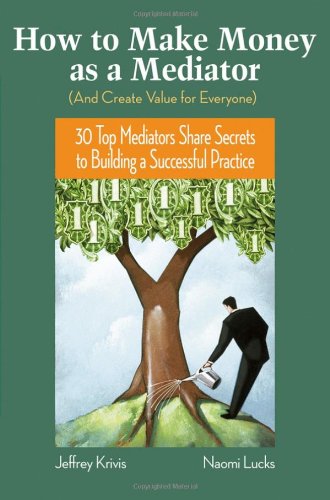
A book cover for How To Make Money as a Mediator (And Create Value for Everyone): 30 Top Mediators Share Secrets to Building a Successful Practice; Jeffrey Krivis; Law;